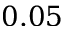
0 . 0 5